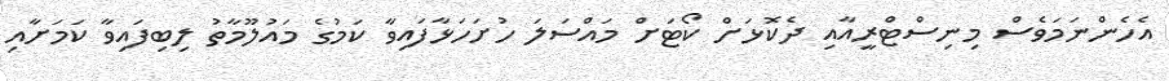
އެހެންނަމަވެސް މިނިސްޓްރީއާއި ދެކޮޅަށް ކޯޓަށް މައްސަލަ ހުށަހަޅާފައިވާ ކަމުގެ މައުލޫމާތު ލިބިފައިވާ ކަމަށާއި